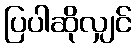
ပြပါဆိုလျှင်